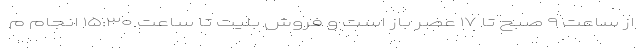
از ساعت ۹ صبح تا ۱۷ عصر باز است و فروش بلیت تا ساعت ۱۵:۳۰ انجام م